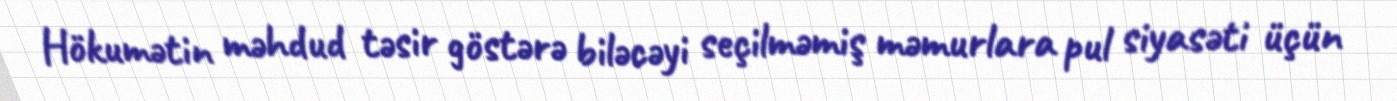
Hökumətin məhdud təsir göstərə biləcəyi seçilməmiş məmurlara pul siyasəti üçün